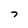
Character: 7